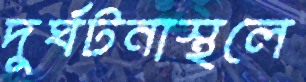
দুর্ঘটনাস্থলে